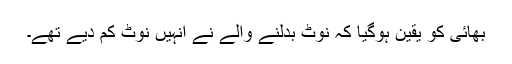
بھائی کو یقین ہوگیا کہ نوٹ بدلنے والے نے انہیں نوٹ کم دیے تھے۔